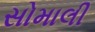
સોમાલી